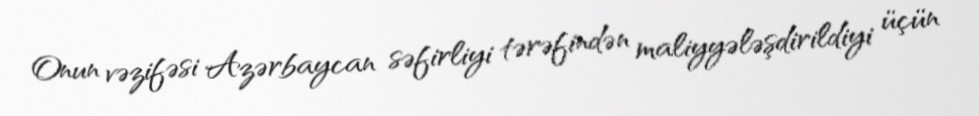
Onun vəzifəsi Azərbaycan səfirliyi tərəfindən maliyyələşdirildiyi üçün